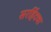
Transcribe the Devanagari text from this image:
सरहिंदचा